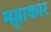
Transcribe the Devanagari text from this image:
मृगाकार